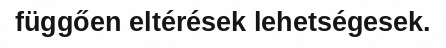
függően eltérések lehetségesek.